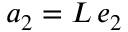
\boldsymbol a _ { 2 } = L \, \boldsymbol e _ { 2 }